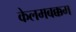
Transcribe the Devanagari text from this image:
केलमबक्कम